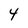
Character: 4